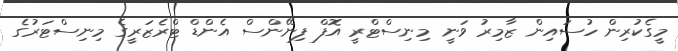
މީގެކުރިން ހުސައިން ޒާމިރު ވަނީ މިނިސްޓްރީ އޮފް ފިނޭންސް އެންޑް ޓްރެޒަރީގެ މިނިސްޓަރުގެ